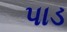
પાડ